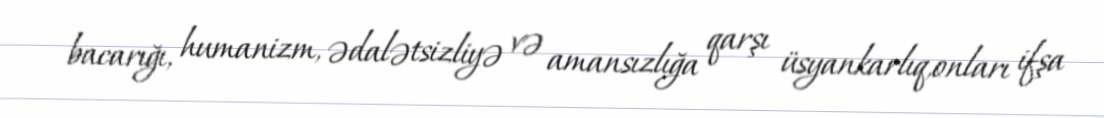
bacarığı, humanizm, ədalətsizliyə və amansızlığa qarşı üsyankarlıq,onları ifşa